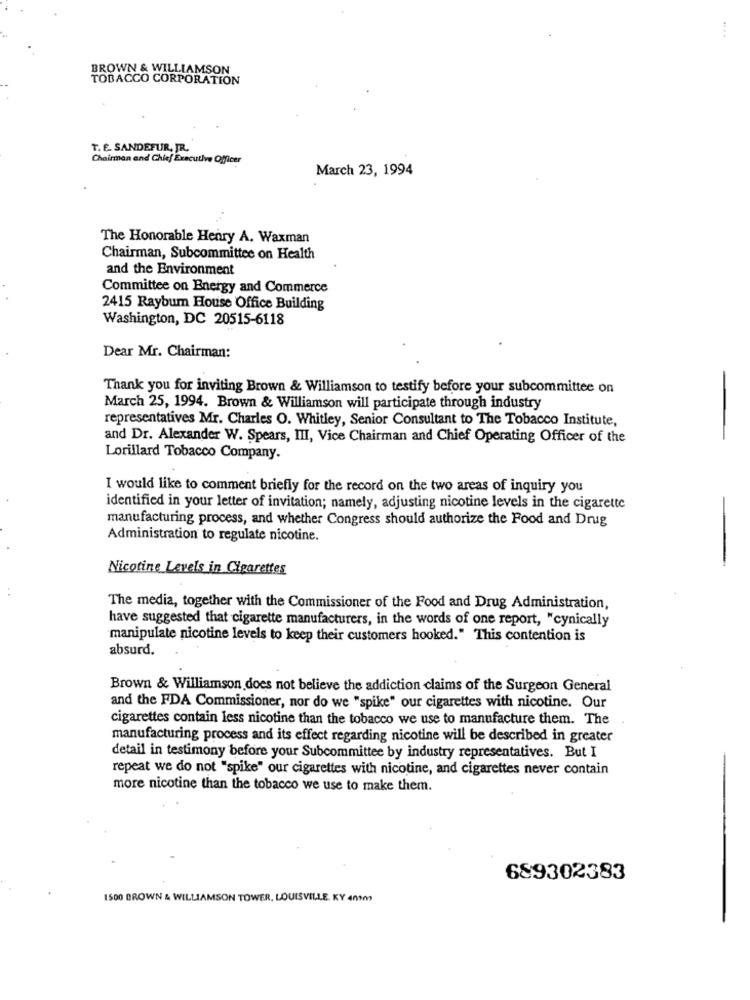
BROWN & WILLIAMSON
TOBACCO CORPORATION
T. E. SANDEFUR, JR.
Chairman and Chief Executive Officer
March 23, 1994
The Honorable Henry A. Waxman
Chairman, Subcommittee on Health
and the Environment
Committee on Energy and Commerce
2415 Raybum House Office Building
Washington, DC 20515-6118
Dear Mr. Chairman:
Thank you for inviting Brown & Williamson to testify before your subcommittee on
March 25, 1994. Brown & Williamson will participate through industry
representatives Mr. Charles O. Whitley, Senior Consultant to The Tobacco Institute,
and Dr. Alexander W. Spears, III, Vice Chairman and Chief Operating Officer of the
-
Lorillard Tobacco Company.
I would like to comment briefly for the record on the two areas of inquiry you
identified in your letter of invitation; namely, adjusting nicotine levels in the cigarette
-
manufacturing process, and whether Congress should authorize the Food and Drug
Administration to regulate nicotine.
Nicotine Levels in Cigarettes
The media, together with the Commissioner of the Food and Drug Administration,
have suggested that cigarette manufacturers, in the words of one report, "cynically
manipulate nicotine levels to keep their customers hooked." This contention is
absurd.
Brown & Williamson does not believe the addiction claims of the Surgeon General
and the FDA Commissioner, nor do we "spike" our cigarettes with nicotine. Our
cigarettes contain less nicotine than the tobacco we use to manufacture them. The
manufacturing process and its effect regarding nicotine will be described in greater
detail in testimony before your Subcommittee by industry representatives. But I
repeat we do not "spike" our cigarettes with nicotine, and cigarettes never contain
more nicotine than the tobacco we use to make them.
689302383
1500 BROWN & WILLIAMSON TOWER, LOUISVILLE. KY 40909